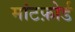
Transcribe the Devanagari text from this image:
मांटफ़ोर्ड